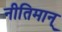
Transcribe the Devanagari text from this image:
नीतिमान्